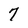
Character: 7